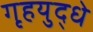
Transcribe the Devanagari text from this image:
गृहयुद्धे